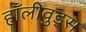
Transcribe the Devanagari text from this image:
हॉलीवुड्स